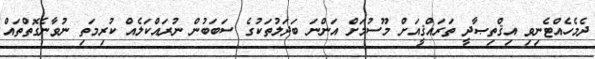
ދެމެހެއްޓެނިވި އިޤްތިޞާދީ ތަރައްޤީއަށް މޫސުމަށް އަންނަ ބަދަލުތަކުގެ ސަބަބުން ނުރައްކަލެއް ކުރިމަތި ނުވާނެގޮތްތައް